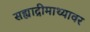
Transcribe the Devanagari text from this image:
सह्याद्रीमाथ्यावर